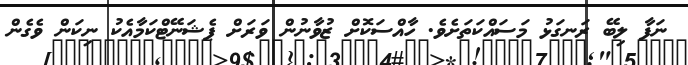
ނަފާ ލިބޭ ރަނގަޅު މަސައްކަތަށެވެ. ހާއްސަކޮށް ޒުވާނުން ވަރަށް ޕެޝަނޭޓްކަމާއެކު ނިކަން ވެގެން